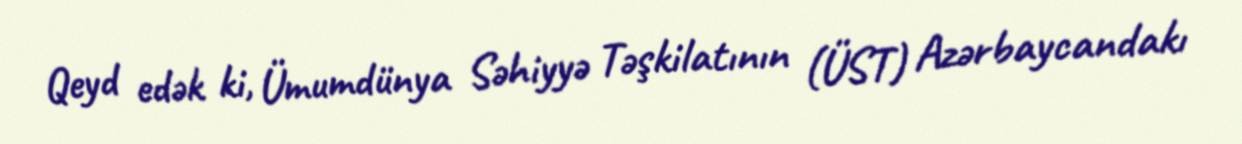
Qeyd edək ki, Ümumdünya Səhiyyə Təşkilatının (ÜST) Azərbaycandakı